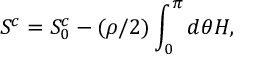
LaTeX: S ^ { c } = S _ { 0 } ^ { c } - ( \rho / 2 ) \int _ { 0 } ^ { \pi } d \theta H ,